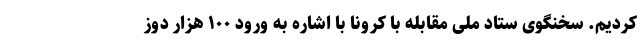
کردیم. سخنگوی ستاد ملی مقابله با کرونا با اشاره به ورود ۱۰۰ هزار دوز